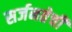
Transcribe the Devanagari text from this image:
सर्जनतेची